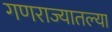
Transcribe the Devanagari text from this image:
गणराज्यातल्या